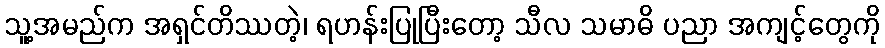
သူ့အမည်က အရှင်တိဿတဲ့၊ ရဟန်းပြုပြီးတော့ သီလ သမာဓိ ပညာ အကျင့်တွေကို